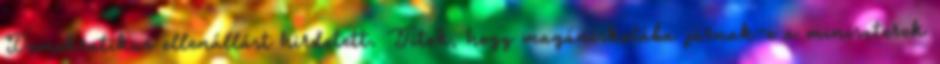
Demokratikus ellenállást hirdetett. Titok, hogy magániskolába járnak-e a miniszterek